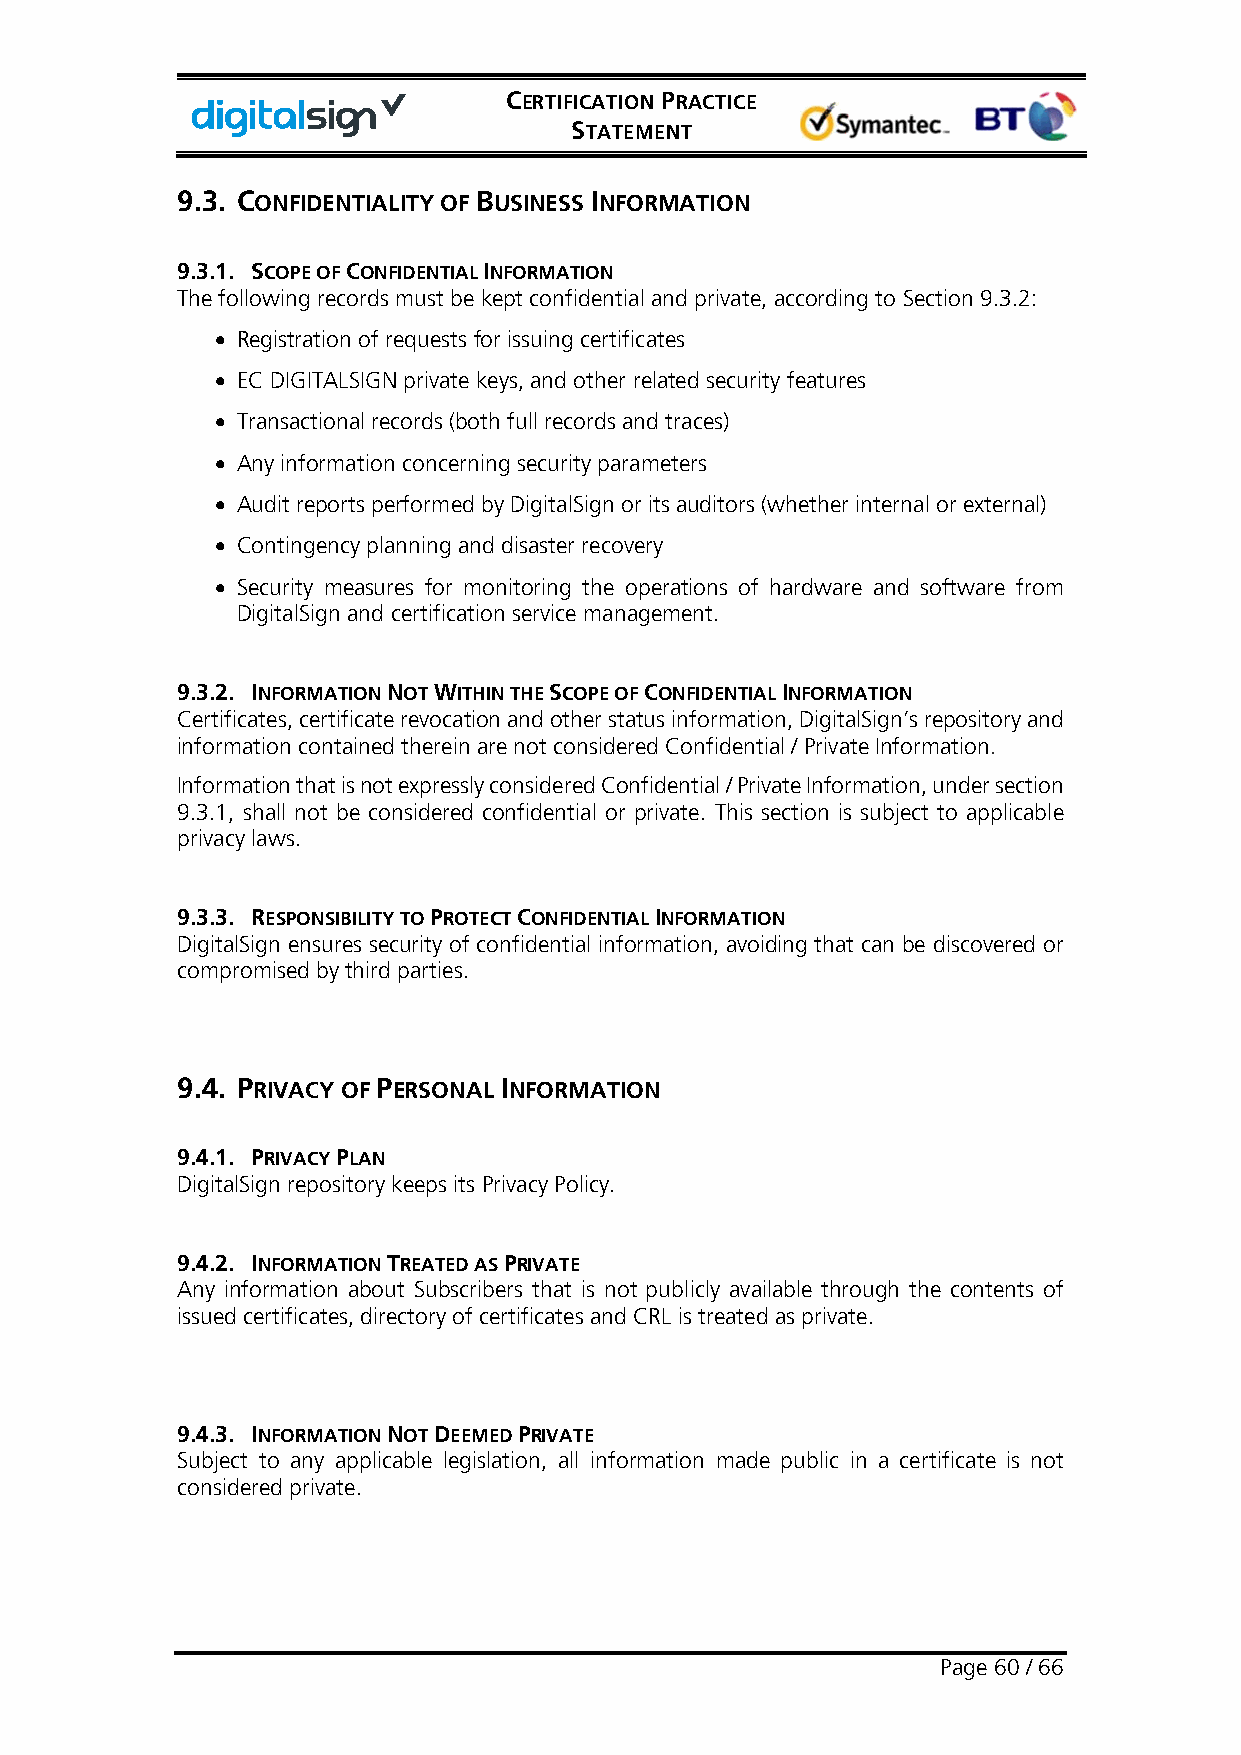
CERTIFICATION PRACTICE
 STATEMENT
 9.3. CONFIDENTIALITY OF BUSINESS INFORMATION
 9.3.1. SCOPE OF CONFIDENTIAL INFORMATION
 The following records must be kept confidential and private, according to Section 9.3.2:
 • Registration of requests for issuing certificates
 • EC DIGITALSIGN private keys, and other related security features
 • Transactional records (both full records and traces)
 • Any information concerning security parameters
 • Audit reports performed by DigitalSign or its auditors (whether internal or external)
 • Contingency planning and disaster recovery
 • Security measures for monitoring the operations of hardware and software from
 DigitalSign and certification service management.
 9.3.2. INFORMATION NOT WITHIN THE SCOPE OF CONFIDENTIAL INFORMATION
 Certificates, certificate revocation and other status information, DigitalSign’s repository and
 information contained therein are not considered Confidential / Private Information.
 Information that is not expressly considered Confidential / Private Information, under section
 9.3.1, shall not be considered confidential or private. This section is subject to applicable
 privacy laws.
 9.3.3. RESPONSIBILITY TO PROTECT CONFIDENTIAL INFORMATION
 DigitalSign ensures security of confidential information, avoiding that can be discovered or
 compromised by third parties.
 9.4. PRIVACY OF PERSONAL INFORMATION
 9.4.1. PRIVACY PLAN
 DigitalSign repository keeps its Privacy Policy.
 9.4.2. INFORMATION TREATED AS PRIVATE
 Any information about Subscribers that is not publicly available through the contents of
 issued certificates, directory of certificates and CRL is treated as private.
 9.4.3. INFORMATION NOT DEEMED PRIVATE
 Subject to any applicable legislation, all information made public in a certificate is not
 considered private.
 Page 60 / 66